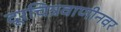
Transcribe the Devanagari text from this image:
दूरचित्रवाणीनवर